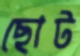
ছোট